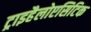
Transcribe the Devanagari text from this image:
ट्राइहैलोएसिटिक